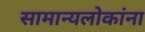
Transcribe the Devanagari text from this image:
सामान्यलोकांना